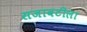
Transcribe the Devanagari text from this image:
सजावटीला